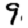
Digit: 9